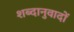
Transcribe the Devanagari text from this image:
शब्दानुवादों